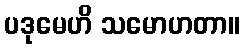
ပဒုမေဟိ သမောဟတာ။